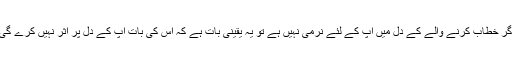
اگر خطاب کرنے والے کے دل میں آپ کے لئے نرمی نہیں ہے تو یہ یقینی بات ہے کہ اس کی بات آپ کے دل پر اثر نہیں کرے گی۔